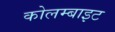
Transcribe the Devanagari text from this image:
कोलम्बाइट